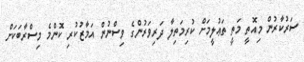
ސަރުކާރުން މިއޮތީ މަތީ ތަޢުލީމަށް ކުރިމަތިލާ ދަރިވަރުންގެ ވިސްނުން އަމާޒުކުރި ކޮންމެ މިސްރާބަކަށް